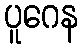
ပူဂေန